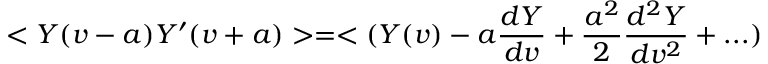
< Y ( v - a ) Y ^ { \prime } ( v + a ) > = < ( Y ( v ) - a { \frac { d Y } { d v } } + { \frac { a ^ { 2 } } { 2 } } { \frac { d ^ { 2 } Y } { d v ^ { 2 } } } + . . . )